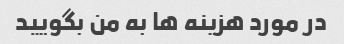
در مورد هزینه ها به من بگویید